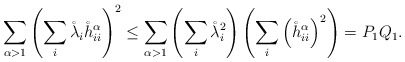
\begin{align*} \sum_{\alpha >1} \left( \sum_{i} \mathring{\lambda}_{i} \mathring{h}^{\alpha}_{i i} \right)^{2} \le \sum_{\alpha >1} \left( \sum_{i} \mathring{\lambda}_{i}^{2} \right) \left( \sum_{i} \left( \mathring{h}^{\alpha}_{i i} \right)^{2} \right) =P_{1} Q_{1} . \end{align*}